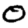
Digit: 0